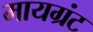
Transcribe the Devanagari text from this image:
मायग्रंट